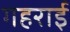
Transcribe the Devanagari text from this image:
गहरार्इ